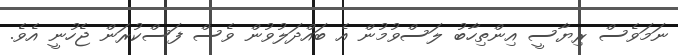
ނަމަވެސް ރިޔާސީ އިންތިހާބު ލަސްވުމުން އެ ބައްދަލުވުން ވެސް ފަސްކުރަން ޖެހުނީ އެވެ.